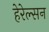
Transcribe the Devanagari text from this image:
हेरेल्सन